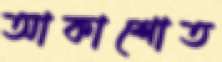
আকাশোত